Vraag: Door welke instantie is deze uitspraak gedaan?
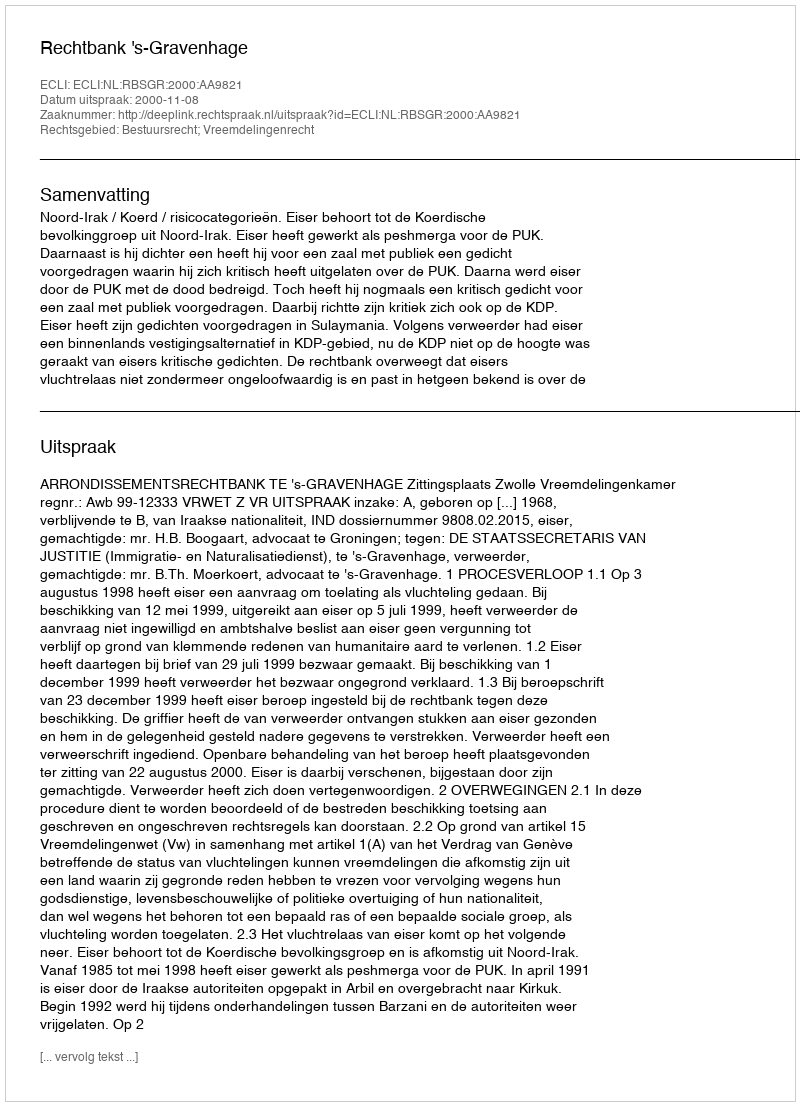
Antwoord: Rechtbank 's-Gravenhage